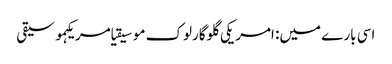
اسی بارے میں: امریکی گلوگارلوک موسیقیامریکہموسیقی